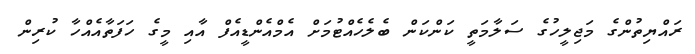
ރައްޔިތުންގެ މަޖިލީހުގެ ސަލާމަތީ ކަންކަން ބެލެހެއްޓުމަށް އެމްއެންޑީއެފް އާއި މީގެ ހަފަތާއެއްހާ ކުރިން